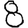
Digit: 8